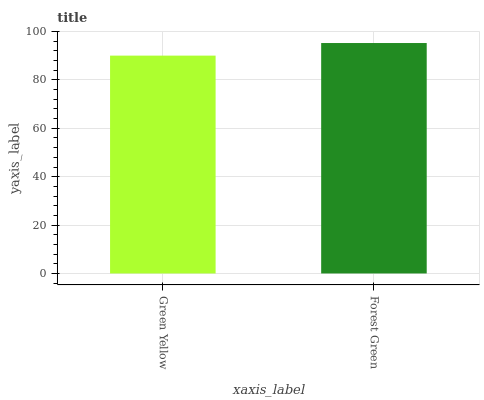
| xaxis_label | bars |
 | --- | --- |
 | Green Yellow | 90.1 |
 | Forest Green | 95.3 |